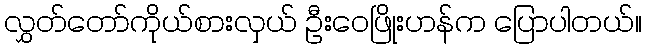
လွှတ်တော်ကိုယ်စားလှယ် ဦးဝေဖြိုးဟန်က ပြောပါတယ်။